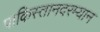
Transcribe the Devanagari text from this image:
पाकिस्तानदरम्यान